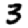
Digit: 3